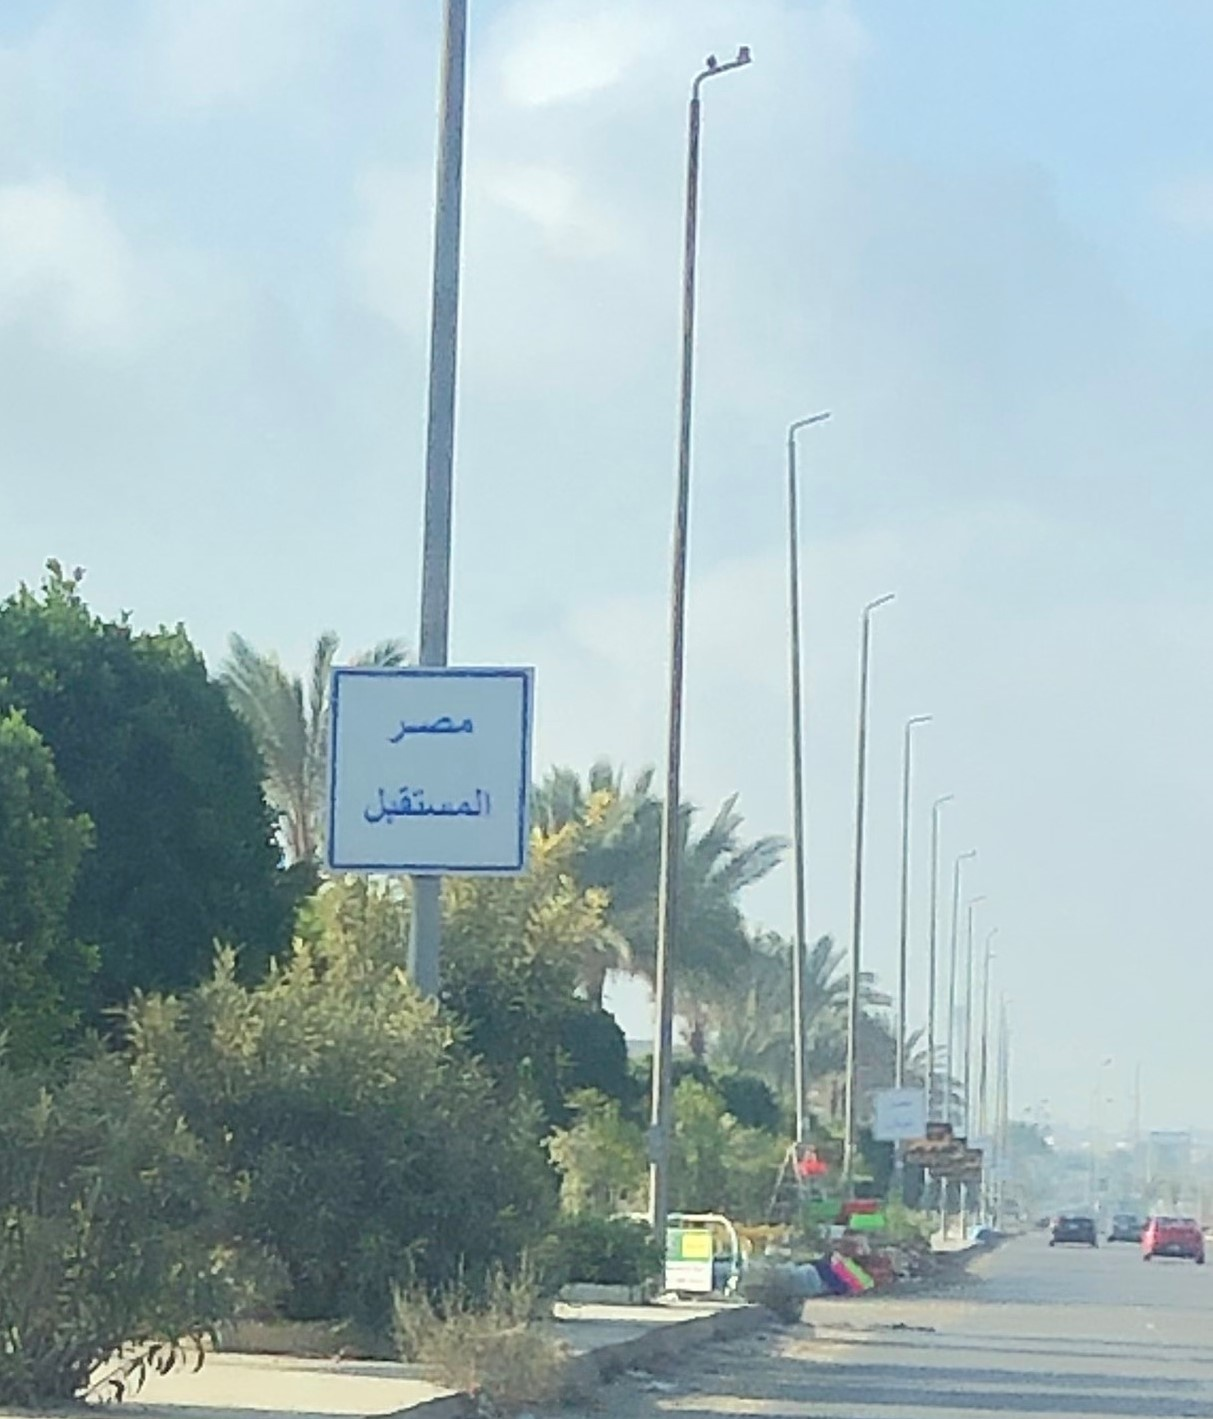
Text in image: مصر المستقبل